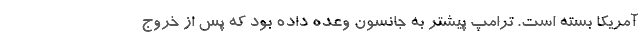
آمریکا بسته است. ترامپ پیشتر به جانسون وعده داده بود که پس از خروج